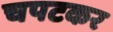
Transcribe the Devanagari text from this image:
चपटकर